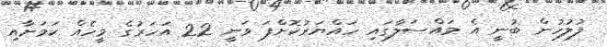
ފުލުހުން ބުނީ އެ މައްސަލާގައި ހައްޔަރުކޮށްފަ ވަނީ 22 އަހަރުގެ މީހެއް ކަމަށާއި